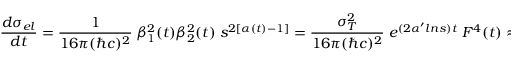
\frac { d \sigma _ { e l } } { d t } = \frac { 1 } { 1 6 \pi ( \hbar c ) ^ { 2 } } \; \beta _ { 1 } ^ { 2 } ( t ) \beta _ { 2 } ^ { 2 } ( t ) \; s ^ { 2 [ \alpha ( t ) - 1 ] } = \frac { \sigma _ { T } ^ { 2 } } { 1 6 \pi ( \hbar c ) ^ { 2 } } \; e ^ { ( 2 \alpha ^ { \prime } l n { s } ) t } \; F ^ { 4 } ( t ) \approx \frac { \sigma _ { T } ^ { 2 } } { 1 6 \pi ( \hbar c ) ^ { 2 } } \; e ^ { b _ { e l } ( s ) t }